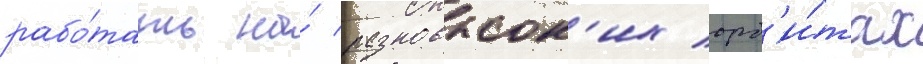
рабо́тать на́ разновысок'их орб'и́тах